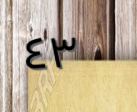
٤٣